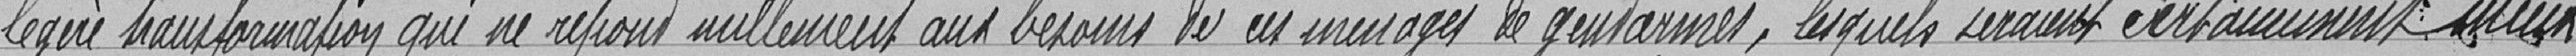
légère transformation qui ne répond nullement aux besoin de ces ménages de gendarmes, lesquels seraient certainement mieux